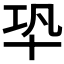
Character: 𠦘